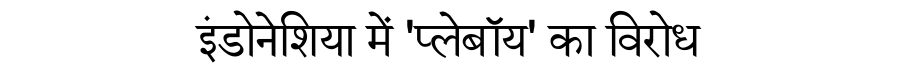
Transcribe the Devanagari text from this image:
इंडोनेशिया में 'प्लेबॉय' का विरोध